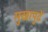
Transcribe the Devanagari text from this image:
मुखापुढें